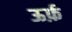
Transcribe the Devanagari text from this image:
ऊर्फ़